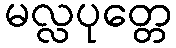
မလ္လပုတ္တေ